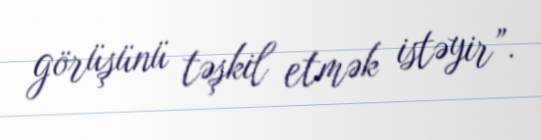
görüşünü təşkil etmək istəyir”.